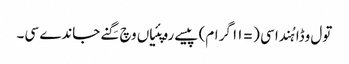
تول وڈا ہُندا سی (= ١١ گرام) پیسے روپئیاں وچ گِنے جاندے سی۔